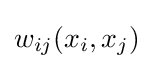
w_{ij}(x_{i},x_{j})